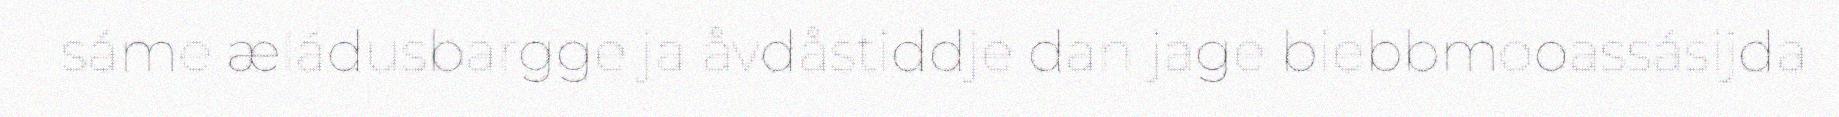
sáme æládusbargge ja åvdåstiddje dan jage biebbmooassásijda